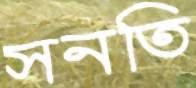
সনতি